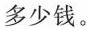
多少钱。